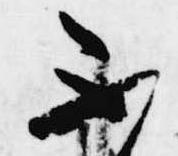
不